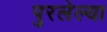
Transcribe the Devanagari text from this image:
पुरलेल्या